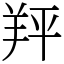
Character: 䍬